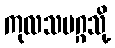
ကုလသမဂ္ဂသို့